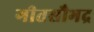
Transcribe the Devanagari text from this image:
गीतसौभद्र